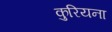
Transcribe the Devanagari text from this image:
कुरियना